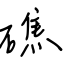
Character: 礁